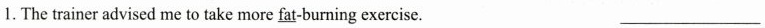
1. The trainer advised me to take more \underline{fat}-burning exercise. ___